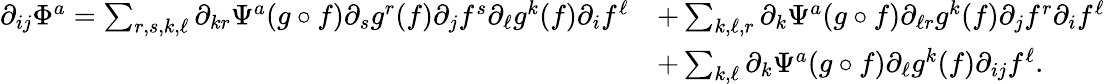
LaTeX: \begin{array}{rl}{\partial_{ij}\Phi^{a}=\sum_{r,s,k,\ell}\partial_{kr}\Psi^{a}(g\circ f)\partial_{s}g^{r}(f)\partial_{j}f^{s}\partial_{\ell}g^{k}(f)\partial_{i}f^{\ell}}&{+\sum_{k,\ell,r}\partial_{k}\Psi^{a}(g\circ f)\partial_{\ell r}g^{k}(f)\partial_{j}f^{r}\partial_{i}f^{\ell}}\\ &{+\sum_{k,\ell}\partial_{k}\Psi^{a}(g\circ f)\partial_{\ell}g^{k}(f)\partial_{ij}f^{\ell}.}\end{array}